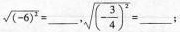
$$\sqrt { ( - 6 ) ^ { 2 } } = ___$$ ，$$\sqrt { ( - \frac { 3 } { 4 } ) ^ { 2 } } = ___$$ ；